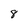
Character: 8